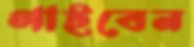
গাইবেন